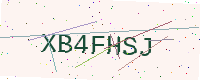
Text: XB4FHSJ